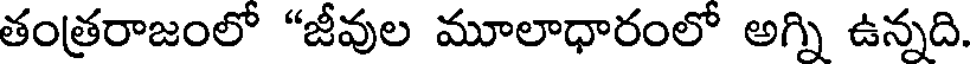
తంత్రరాజంలో "జీవుల మూలాధారంలో అగ్ని ఉన్నది.